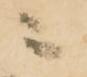
ニ